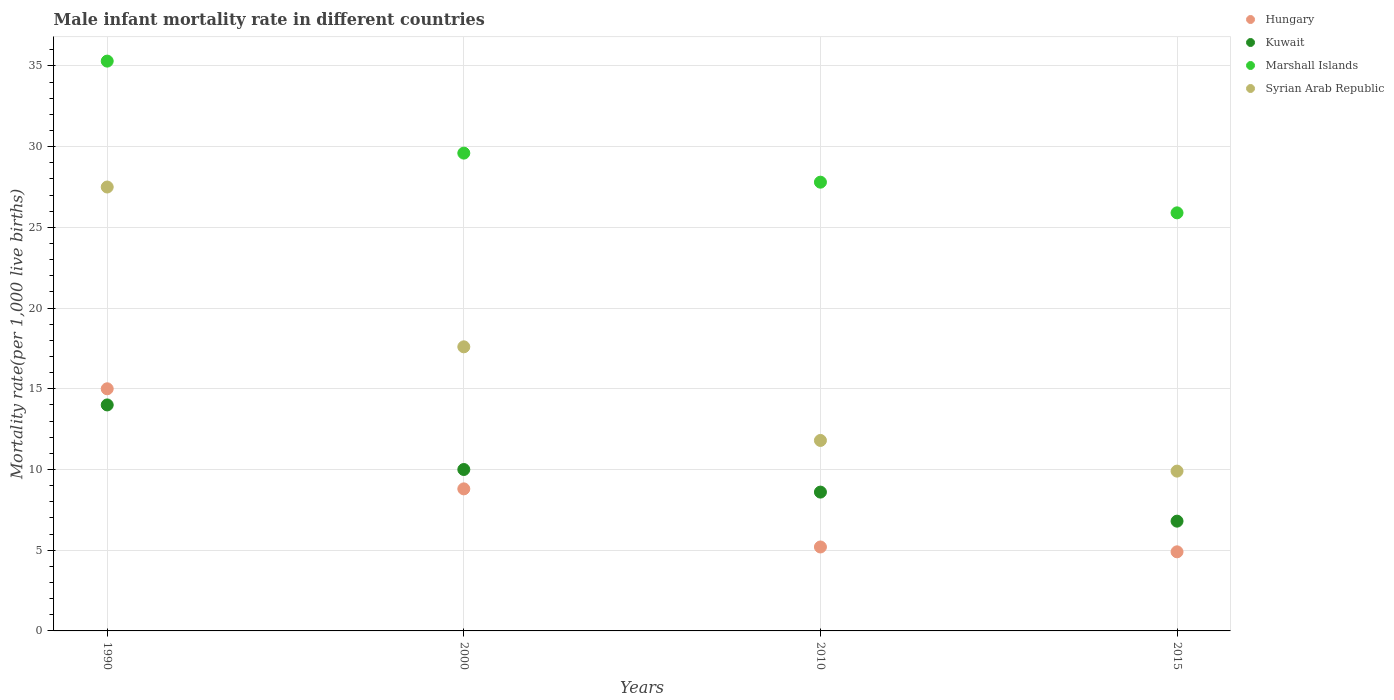
| Years | Hungary | Kuwait | Marshall Islands | Syrian Arab Republic |
 | --- | --- | --- | --- | --- |
 | 1990 | 15 | 14 | 35.3 | 27.5 |
 | 2000 | 8.8 | 10 | 29.6 | 17.6 |
 | 2010 | 5.2 | 8.6 | 27.8 | 11.8 |
 | 2015 | 4.9 | 6.8 | 25.9 | 9.9 |